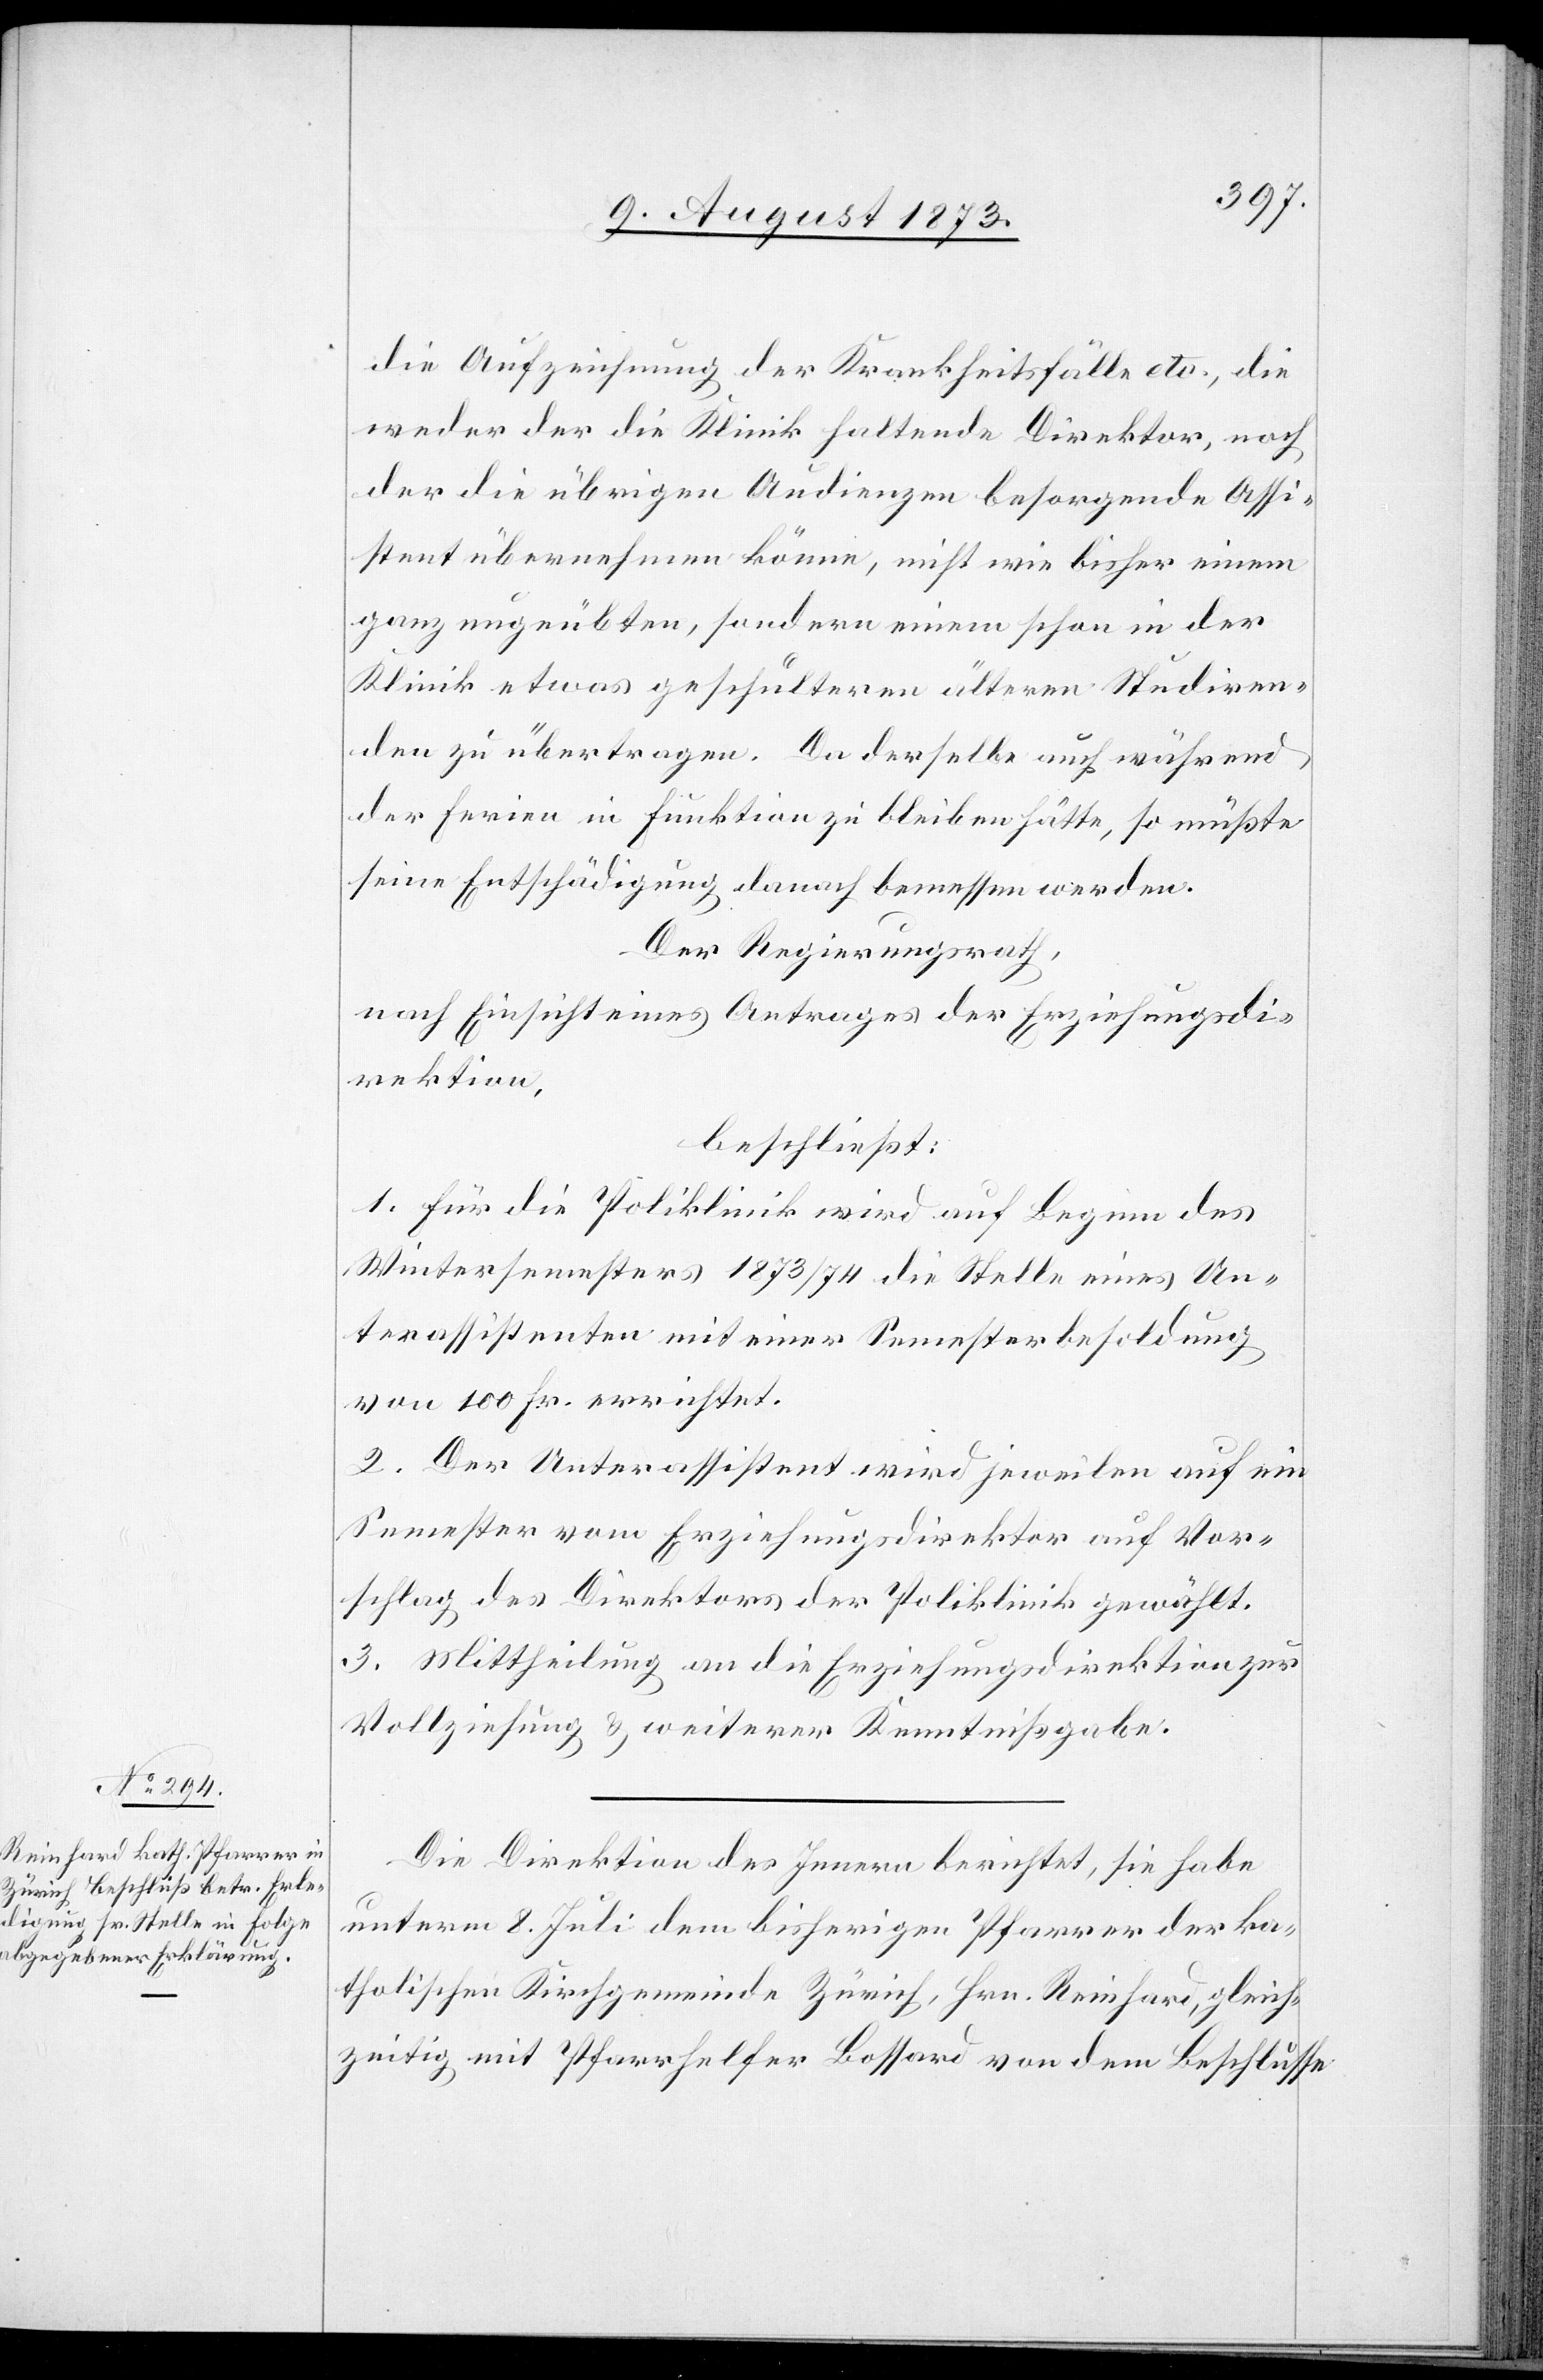
die Aufzeichnung der Krankheitsfälle etc., die
weder der die Klinik haltende Direktor, noch
der die übrigen Audienzen besorgende Assi¬
stent übernehmen könne, nicht wie bisher einem
ganz ungeübten, sondern einem schon in der
Klinik etwas geschulteren älteren Studiren¬
den zu übertragen. Da derselbe auch während
der Ferien in Funktion zu bleiben hätte, so müßte
seine Entschädigung danach bemessen werden.
Der Regierungsrath,
nach Einsicht eines Antrages der Erziehungsdi¬
rektion,
beschließt:
1. Für die Poliklinik wird auf Beginn des
Wintersemesters 1873/74 die Stelle eines Un¬
terassistenten mit einer Semesterbesoldung
von 100 Fr. errichtet.
2. Der Unterassistent wird jeweilen auf ein
Semester vom Erziehungsdirektor auf Vor¬
schlag des Direktors der Poliklinik gewählt.
3. Mittheilung an die Erziehungsdirektion zur
Vollziehung & weiterer Kenntnißgabe.
Die Direktion des Innern berichtet, sie habe
unterm 8. Juli dem bisherigen Pfarrer der ka¬
tholischen Kirchgemeinde Zürich, Hrn. Reinhard, gleich¬
zeitig mit Pfarrhelfer Bossard von dem Beschlusse